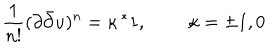
\frac { 1 } { n ! } ( \partial \bar { \partial } u ) ^ { n } = \kappa \, ^ { * } 1 , \; \; \kappa = \pm 1 , 0